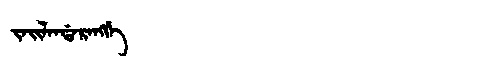
Manchu: ᠵᠠᡳᠯᠠᠨᡩᠠᡵᠠᠩᡤᡝ
Romanization: JAILANDARANGGE